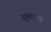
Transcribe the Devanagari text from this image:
सुंखांची